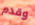
وقدم